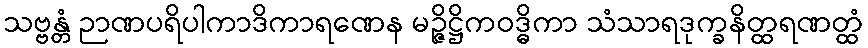
သဗ္ဗန္တံ ဉာဏပရိပါကာဒိကာရဏေန မဉ္ဇိဋ္ဌိကဝဒ္ဓိကာ သံသာရဒုက္ခနိတ္ထရဏတ္ထံ